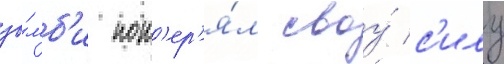
зо́мб'и пот'ер'я́л своу́ с'илу